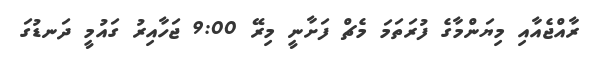
ރާއްޖެއާއި މިޔަންމާގެ ފުރަތަމަ މެޗް ފަށާނީ މިރޭ 9:00 ޖަހާއިރު ގައުމީ ދަނޑުގަ